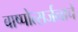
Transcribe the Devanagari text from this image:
बाष्पोत्सर्जनाचे